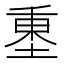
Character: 𡍺